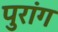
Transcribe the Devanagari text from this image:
पुरांग